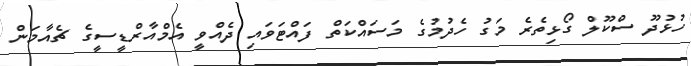
ހުޅުދޫ ސްކޫލް ގޯޅިތެރެ މަގު ހެދުމުގެ މަސައްކަތް ފައްޓަވައި ދެއްވީ އެމްއާރްޑީސީގެ ޗެއާމަން